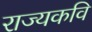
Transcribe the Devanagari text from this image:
राज्यकवि